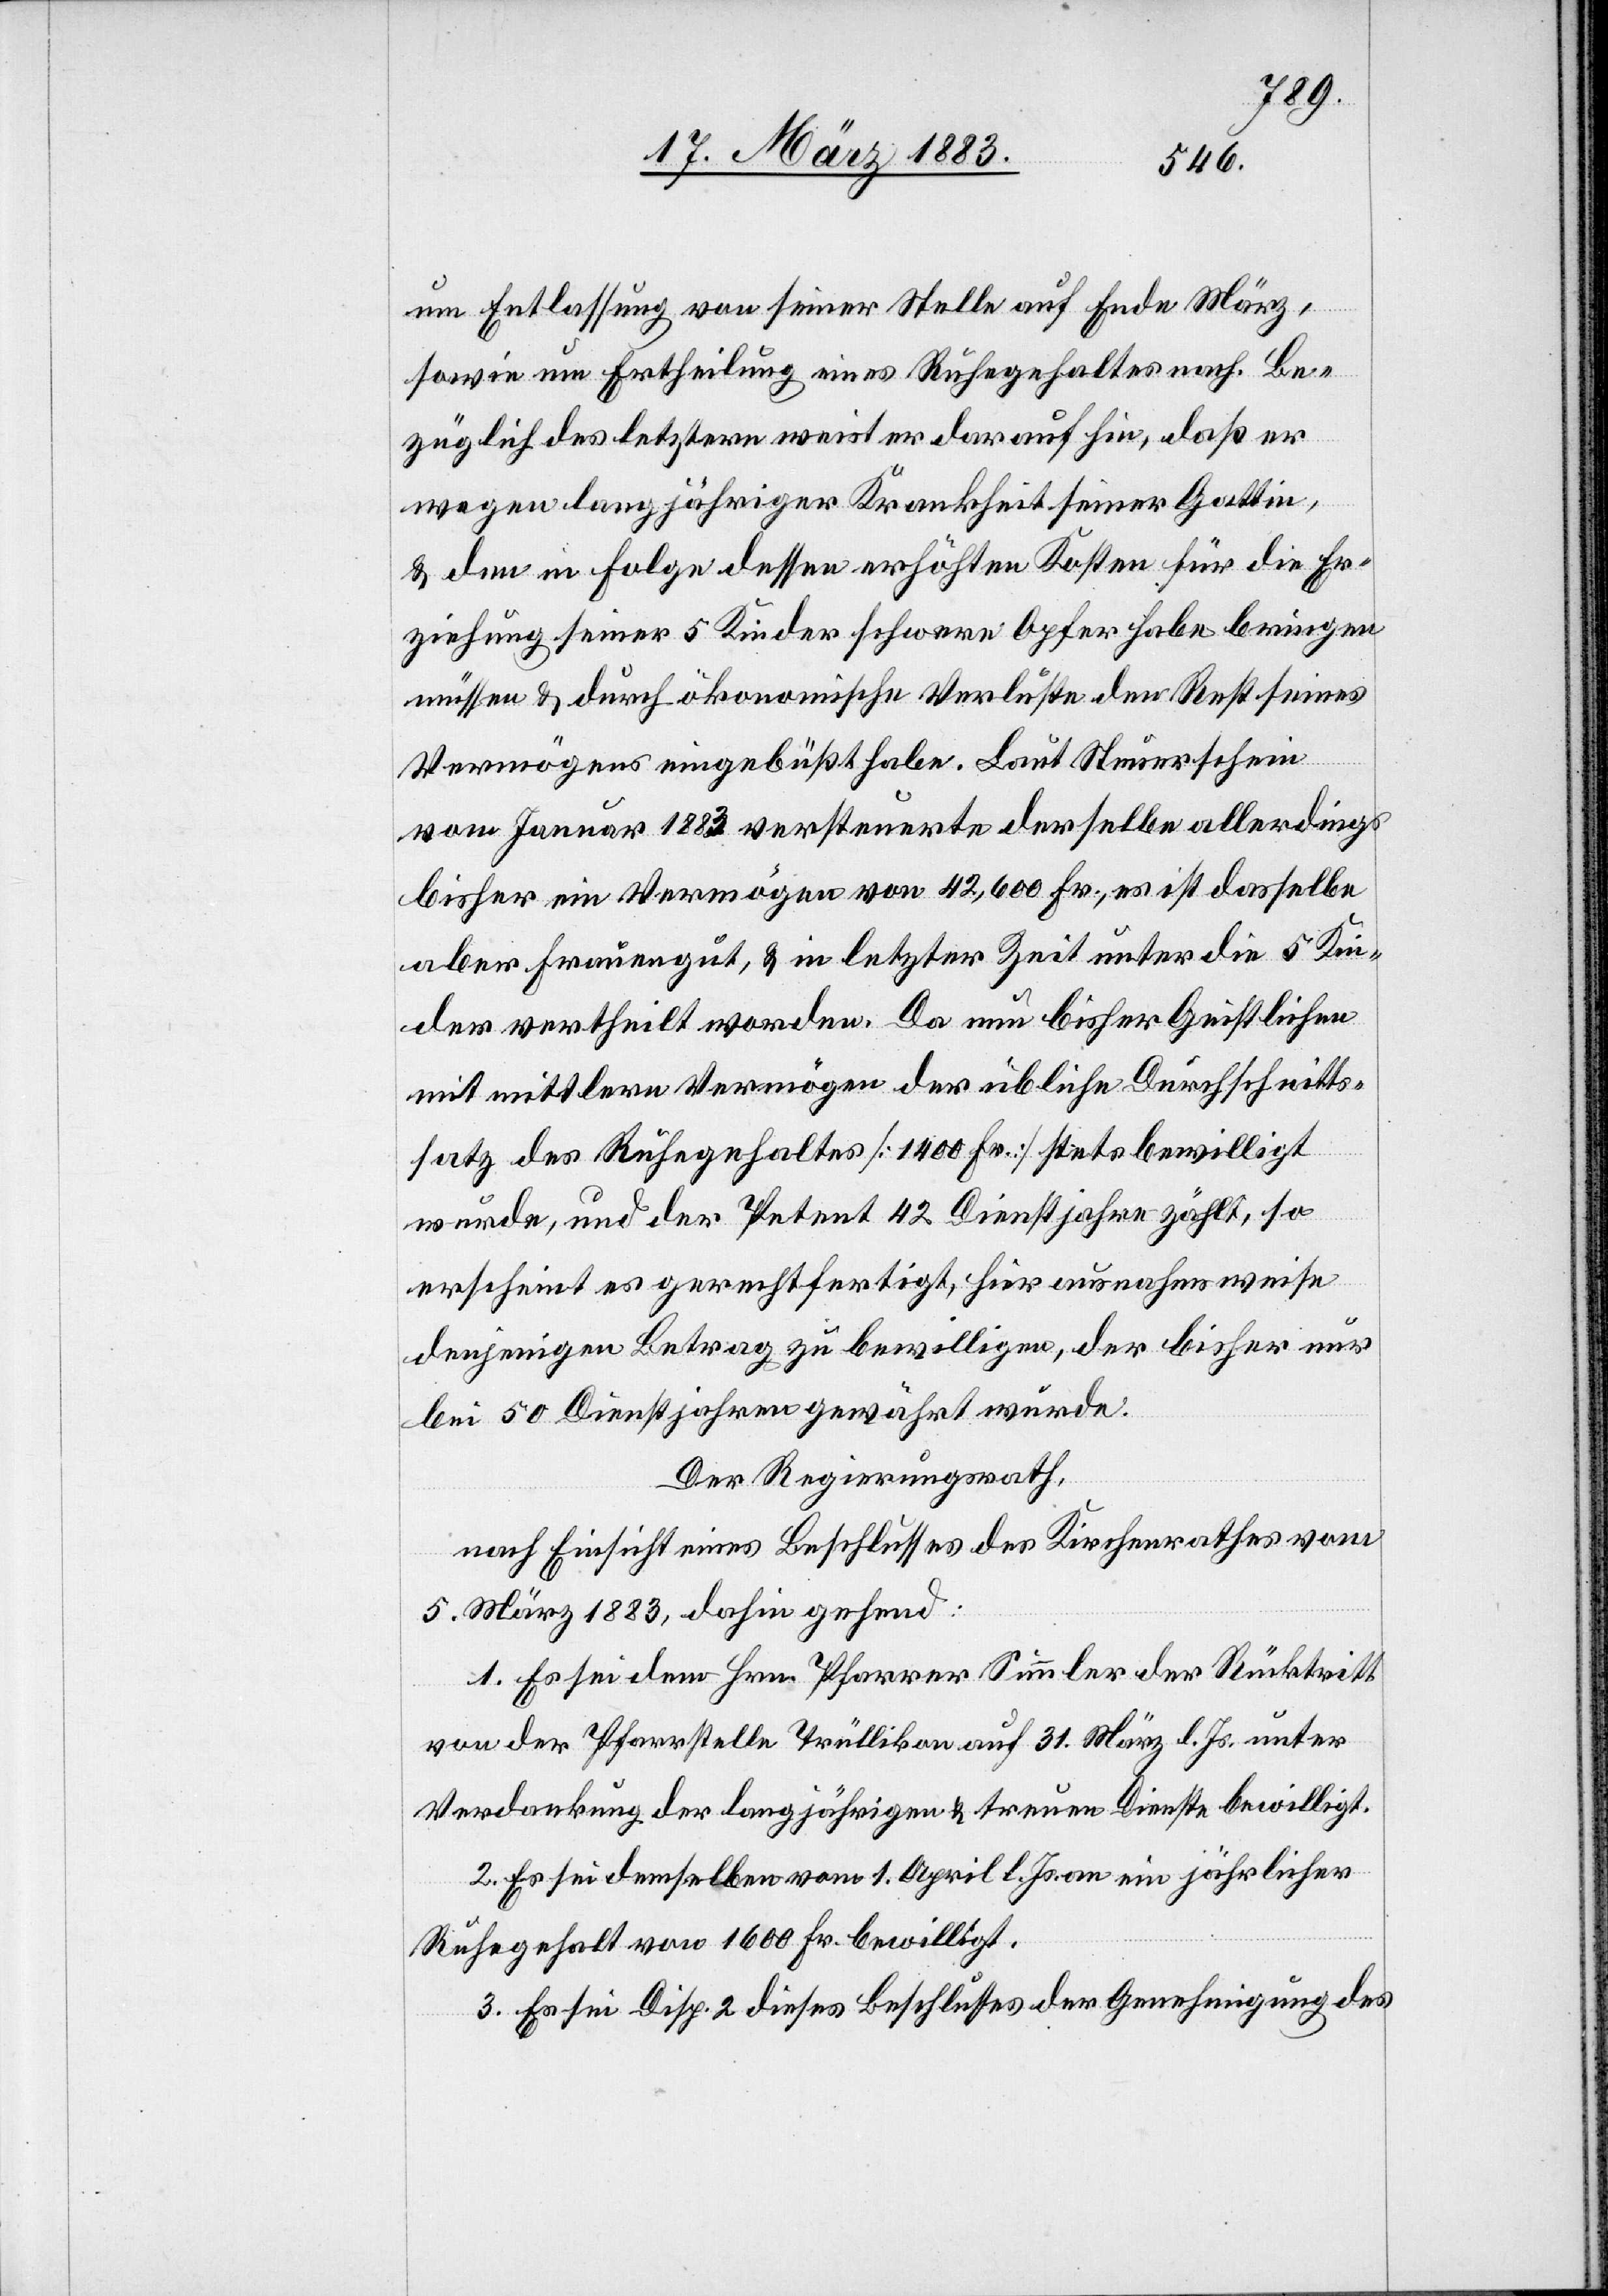
um Entlassung von seiner Stelle auf Ende März,
sowie um Ertheilung eines Ruhegehaltes nach. Be¬
züglich des letztern weist er darauf hin, daß er
wegen langjähriger Krankheit seiner Gattin,
& den in Folge dessen erhöhten Kosten für die Er¬
ziehung seiner 5 Kinder schwere Opfer habe bringen
müssen & durch ökonomische Verluste den Rest seines
Vermögens eingebüßt habe. Laut Steuerschein
vom Januar 188[?3] versteuerte derselbe allerdings
bisher ein Vermögen von 42,600 Fr., es ist dasselbe
aber Frauengut, & in letzter Zeit unter die 5 Kin¬
der vertheilt worden. Da nun bisher Geistlichen
mit mittlern Vermögen der übliche Durchschnitts¬
satz des Ruhegehaltes [1400 Fr.] stets bewilligt
wurde, und der Petent 42 Dienstjahre zählt, so
erscheint es gerechtfertigt, hier ausnahmsweise
denjenigen Betrag zu bewilligen, der bisher nur
bei 50 Dienstjahren gewährt wurde.
Der Regierungsrath,
nach Einsicht eines Beschlusses des Kirchenrathes vom
5. März 1883, dahin gehend:
1. Es sei dem Hrn. Pfarrer Simmler der Rücktritt
von der Pfarrstelle Trüllikon auf 31. März l. Js. unter
Verdankung der langjährigen & treuen Dienste bewilligt.
2. Es sei demselben vom 1. April l. Js. ein jährlicher
Ruhegehalt von 1600 Fr. bewilligt.
3. Es sei Disp. 2 dieses Beschlusses der Genehmigung des